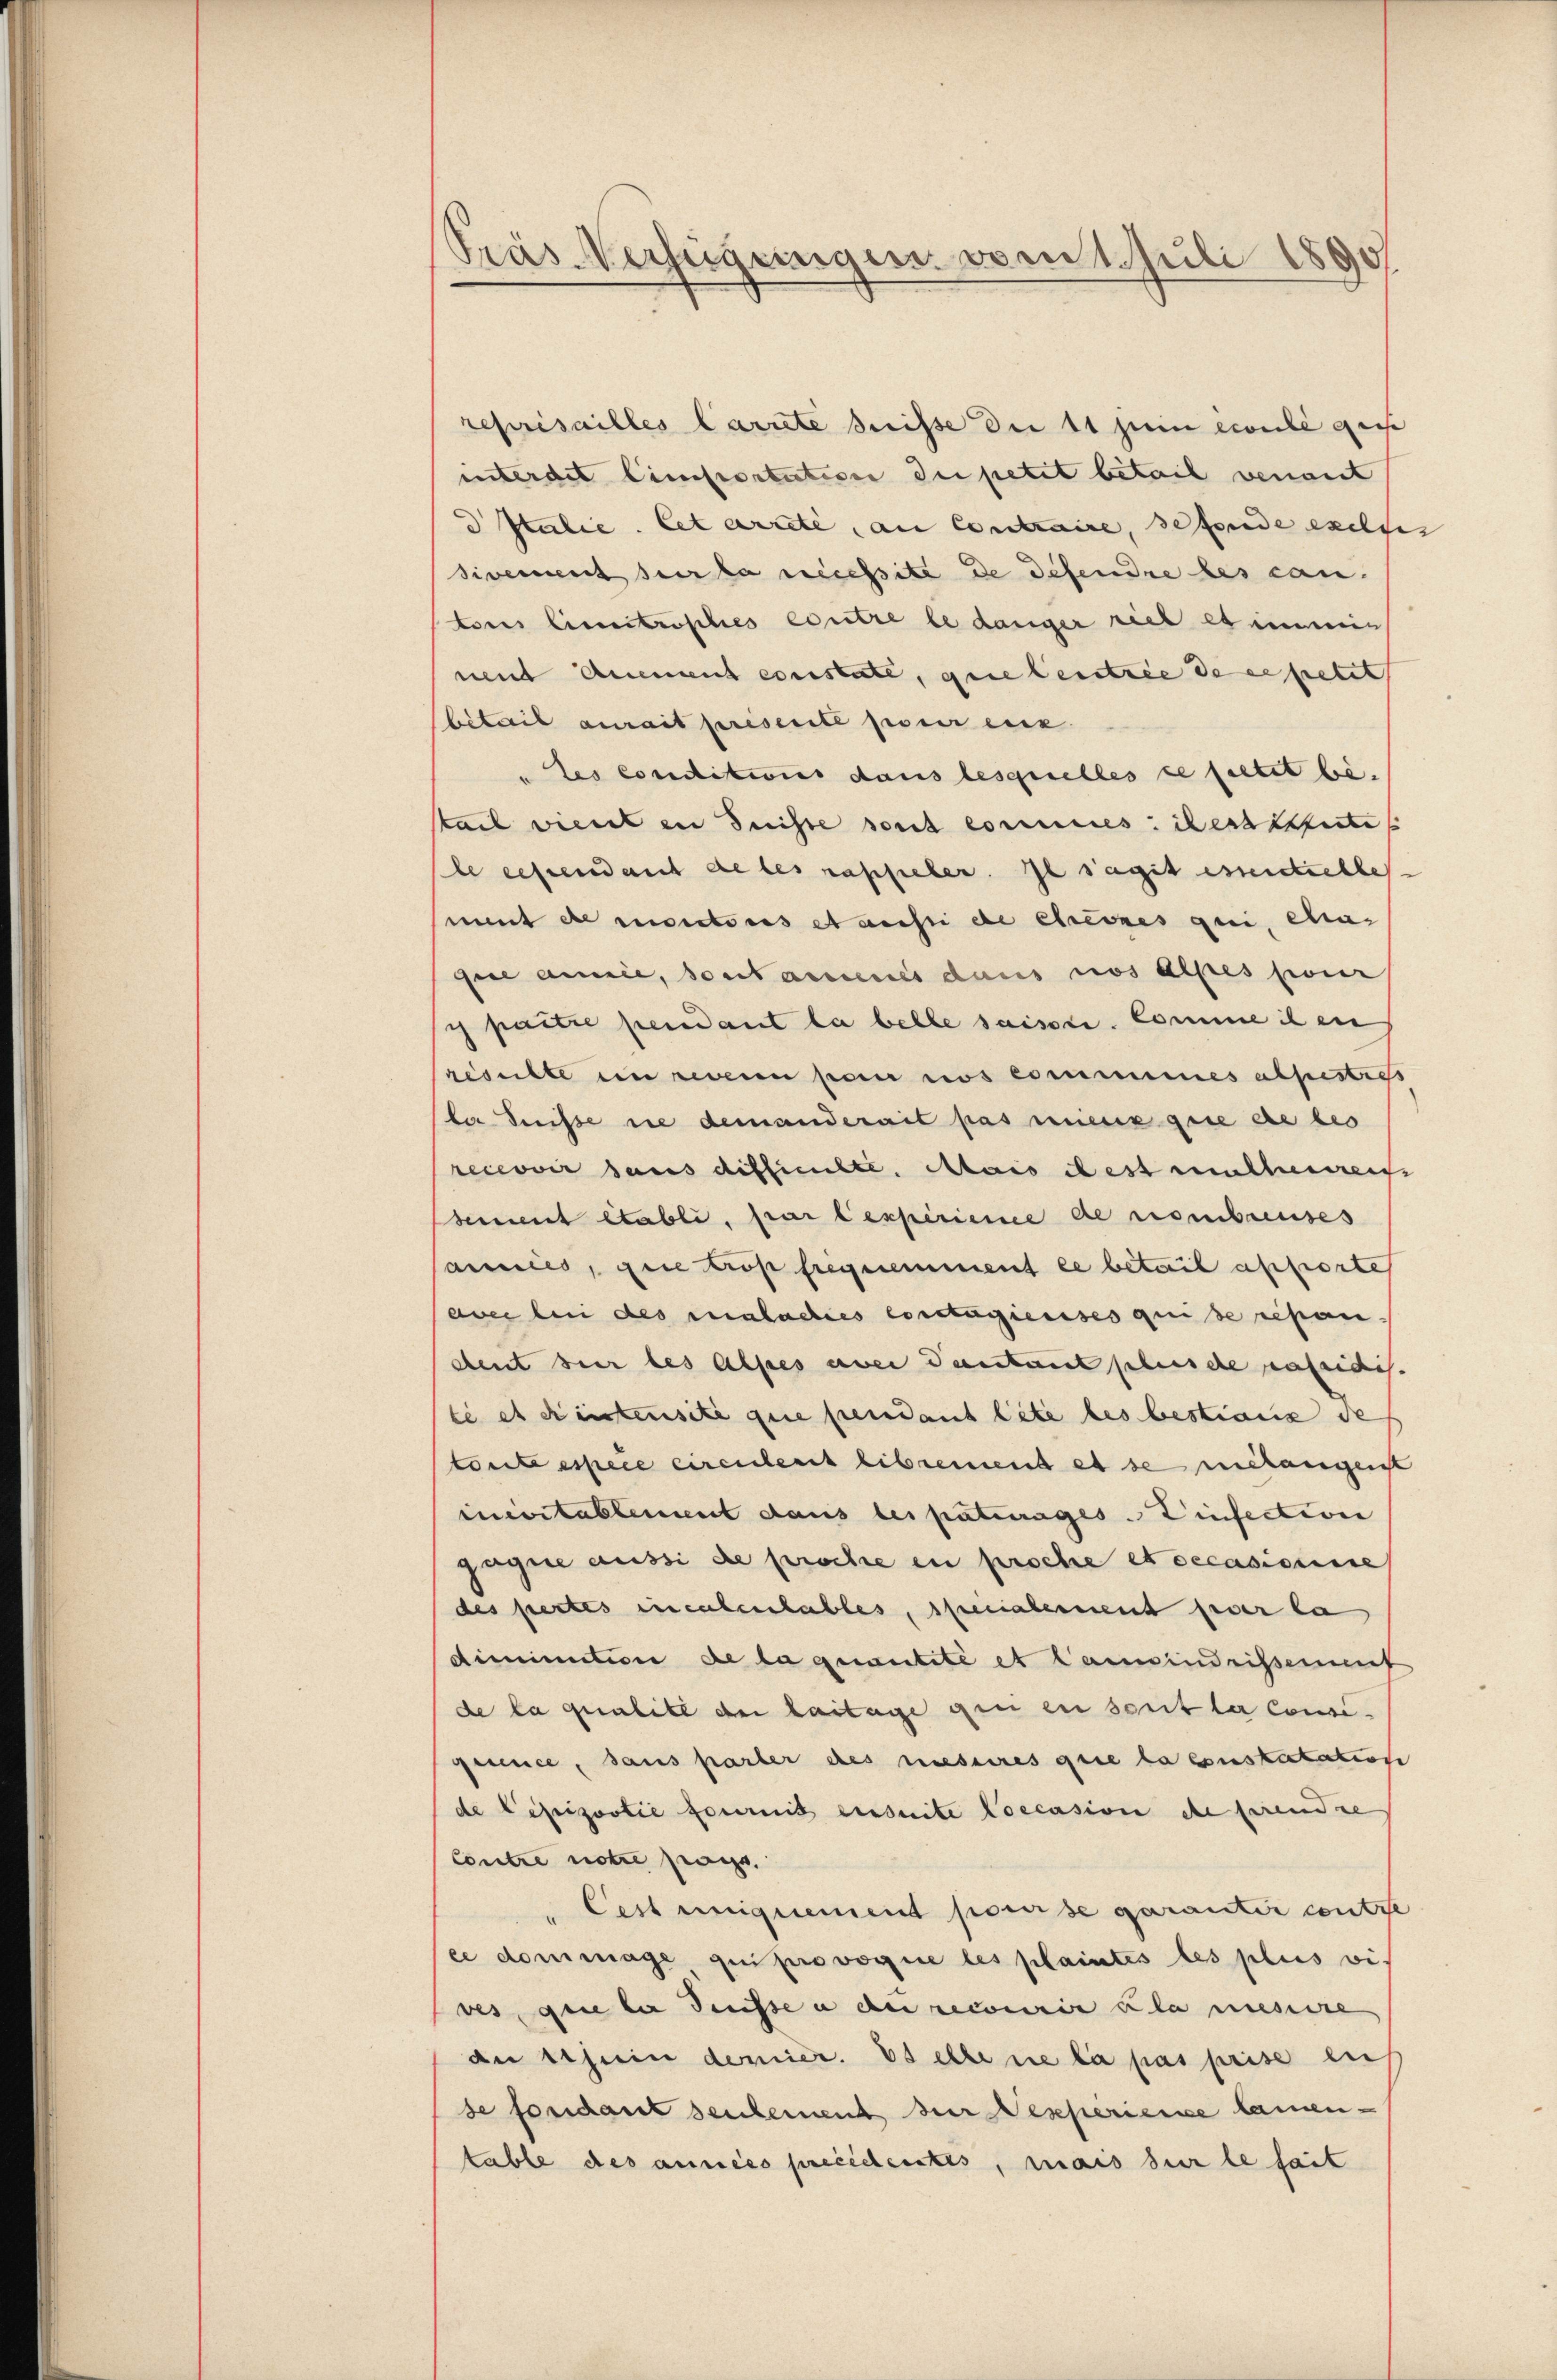
Präs. Verfügungen vom 1. Juli 1890

reprisailles arrete drisse die 11 zum ecoule gen
interdit Einsportation die petit betail venant
d Italie. Cet arrete, an Contraire, sehende exeges
sivement sur la nécessite de defendre des can-
tous limitrophes eintre le danger riet es immen
neut anement existate, gegebentree de erfietet
bitail aurait présenté pour eux.
" les conditions dans lesquelles se faltet be
tail viert in Suisse sont commes. des Seites
le rescendant de les rappeler. Il sagit essentielles
mit de motoris et aussi de ehreres qui, cha-
gere annie, sont assenes dans nos Alpes poner
c paitre pendant la belle saisi. Comme il en
resulte in sein par nos commannes abseestres
la Suisse nie demanderait pas mieux que de bes
recevoir sans difficulte. Mais dest mutherreis
sement établi, par lexperinne de nombreuses
anries, die trop frequemment ce betail assierte
aver bei des maladies constagieuses quise repandent sur les Alpes aber danstant plusche matricis.
te es einstensite que pendant lite des bestians de
toute espece circulerit librement es se relangenst
imitablement dans les paterages - Zinsection
gegne aussi de proche in proche et occasionire
des pertes incalentables, specialerment hier la
diminution de la quantité et Cameindrissement
de la qualite der Laitage genen serit le consegesence, dans parter des messeres que la constatation
de Pepizootie formit einseite Coccasion de prendre
Contre notre pag.
Cest uniquement pareise garantir contre
ee dommage qui provoque les plaintes les plus vives, que la Suisse u der recourie u la messire
an sein demier. Es elle die la pas prise ei
se fosidant seulement der Resperienne laien-
table des aussées precedenstes, mais sur le fait